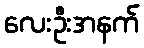
လေးဦးအနက်